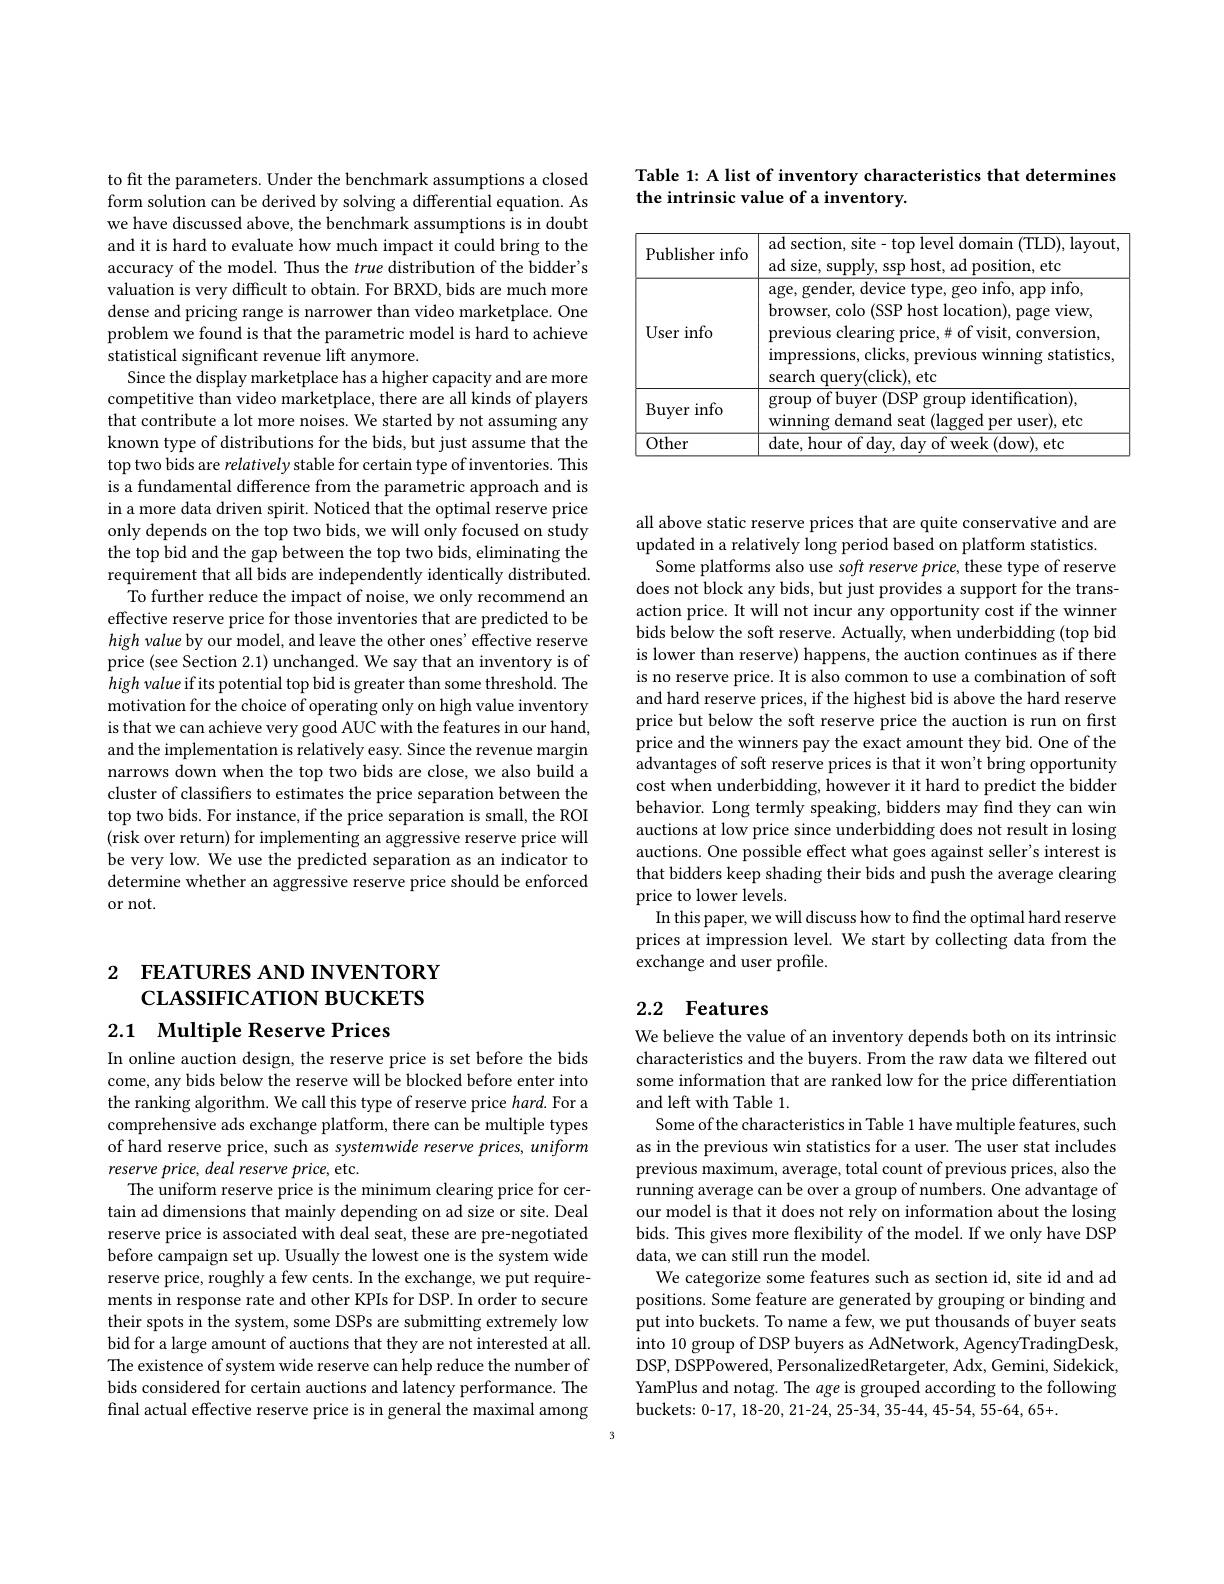
Table 1: A list of inventory characteristics that determines
the intrinsic value of a inventory.

<table>
	<tbody>
		<tr>
			<td>Publisher info</td>
			<td>ad section, site- top level domain (TLD), layout ad size, supply, ssp host, ad position, etc</td>
		</tr>
		<tr>
			<td>User info</td>
			<td>age, gender, device type, geo info, app info, browser, colo (SSP host location), page view, previous clearing price,# of visit, conversion, impressions, clicks, previous winning statistics search query(click), etc</td>
		</tr>
		<tr>
			<td>$\operatorname{Buyer}$info</td>
			<td>group of buyer (DSP group identification), winning demand seat (lagged per user), etc</td>
		</tr>
		<tr>
			<td>Other</td>
			<td>date etc</td>
		</tr>
	</tbody>
</table>

to fit the parameters. Under the benchmark assumptions a closed form solution can be derived by solving a differential equation. As we have discussed above, the benchmark assumptions is in doubt and it is hard to evaluate how much impact it could bring to the accuracy of the model. Thus the true distribution of the bidder's valuation is very difficult to obtain. For BRXD, bids are much more dense and pricing range is narrower than video marketplace. One problem we found is that the parametric model is hard to achieve statistical significant revenue lift anymore.
Since the display marketplace has a higher capacity and are more competitive than video marketplace, there are all kinds of players that contribute a lot more noises. We started by not assuming any known type of distributions for the bids, but just assume that the top two bids are relatively stable for certain type of inventories. This is a fundamental difference from the parametric approach and is in a more data driven spirit. Noticed that the optimal reserve price only depends on the top two bids, we will only focused on study the top bid and the gap between the top two bids, eliminating the requirement that all bids are independently identically distributed.
To further reduce the impact of noise, we only recommend an effective reserve price for those inventories that are predicted to be high value by our model, and leave the other ones' effective reserve price (see Section 2.1) unchanged. We say that an inventory is of high value if its potential top bid is greater than some threshold. The motivation for the choice of operating only on high value inventory is that we can achieve very good AUC with the features in our hand, and the implementation is relatively easy. Since the revenue margin narrows down when the top two bids are close, we also build a cluster of classifiers to estimates the price separation between the top two bids. For instance, if the price separation is small, the ROI $\dot{\text{(risk over return) for implementing an aggressive reserve price will}}$ be very low. We use the predicted separation as an indicator to determine whether an aggressive reserve price should be enforced or not.

2 FEATURES AND INVENTORY
CLASSIFICATION BUCKETS

2.1 Multiple Reserve Prices

In online auction design, the reserve price is set before the bids come, any bids below the reserve will be blocked before enter into the ranking algorithm. We call this type of reserve price $hard.$ For a comprehensive ads exchange platform, there can be multiple types of hard reserve price, such as systemwide reserve prices, uniform reserve price, deal reserve price, etc.
The uniform reserve price is the minimum clearing price for certain ad dimensions that mainly depending on ad size or site. Deal reserve price is associated with deal seat, these are pre-negotiated before campaign set up. Usually the lowest one is the system wide reserve price, roughly a few cents. In the exchange, we put requirements in response rate and other KPIs for DSP. In order to secure their spots in the system, some DSPs are submitting extremely low bid for a large amount of auctions that they are not interested at all. The existence of system wide reserve can help reduce the number of bids considered for certain auctions and latency performance. The final actual effective reserve price is in general the maximal among

all above static reserve prices that are quite conservative and are updated in a relatively long period based on platform statistics.
Some platforms also use soft reserve price, these type of reserve does not block any bids, but just provides a support for the transaction price. It will not incur any opportunity cost if the winner bids below the soft reserve. Actually, when underbidding (top bid is lower than reserve) happens, the auction continues as if there is no reserve price. It is also common to use a combination of soft and hard reserve prices, if the highest bid is above the hard reserve price but below the soft reserve price the auction is run on first price and the winners pay the exact amount they bid. One of the advantages of soft reserve prices is that it won't bring opportunity cost when underbidding, however it it hard to predict the bidder behavior. Long termly speaking, bidders may find they can win auctions at low price since underbidding does not result in losing auctions. One possible effect what goes against seller's interest is that bidders keep shading their bids and push the average clearing price to lower levels.
In this paper, we will discuss how to find the optimal hard reserve prices at impression level. We start by collecting data from the exchange and user profile.

## 2.2 Features

We believe the value of an inventory depends both on its intrinsic characteristics and the buyers. From the raw data we filtered out some information that are ranked low for the price differentiation and left with Table 1.
Some of the characteristics in Table 1 have multiple features, such as in the previous win statistics for a user. The user stat includes previous maximum, average, total count of previous prices, also the running average can be over a group of numbers. One advantage of our model is that it does not rely on information about the losing bids. This gives more flexibility of the model. If we only have DSP data, we can still run the model.
We categorize some features such as section id, site id and ad positions. Some feature are generated by grouping or binding and put into buckets. To name a few, we put thousands of buyer seats into 10 group of DSP buyers as AdNetwork, AgencyTradingDesk, DSP, DSPPowered, PersonalizedRetargeter, Adx, Gemini, Sidekick, YamPlus and notag. The $a$ge is grouped according to the following buckets: 0-17, 18-20, 21-24, 25-34, 35-44, 45-54, 55-64, 65+.